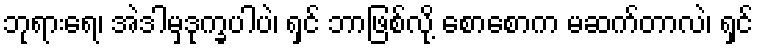
ဘုရားရေ၊ အဲဒါမှဒုက္ခပါပဲ၊ ရှင် ဘာဖြစ်လို့ စောစောက မဆက်တာလဲ၊ ရှင်